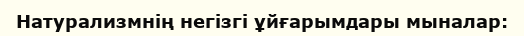
Натурализмнің негізгі ұйғарымдары мыналар: